Vaccination in the Punjab 1905-1918 - 1905-1918
Year: 1905
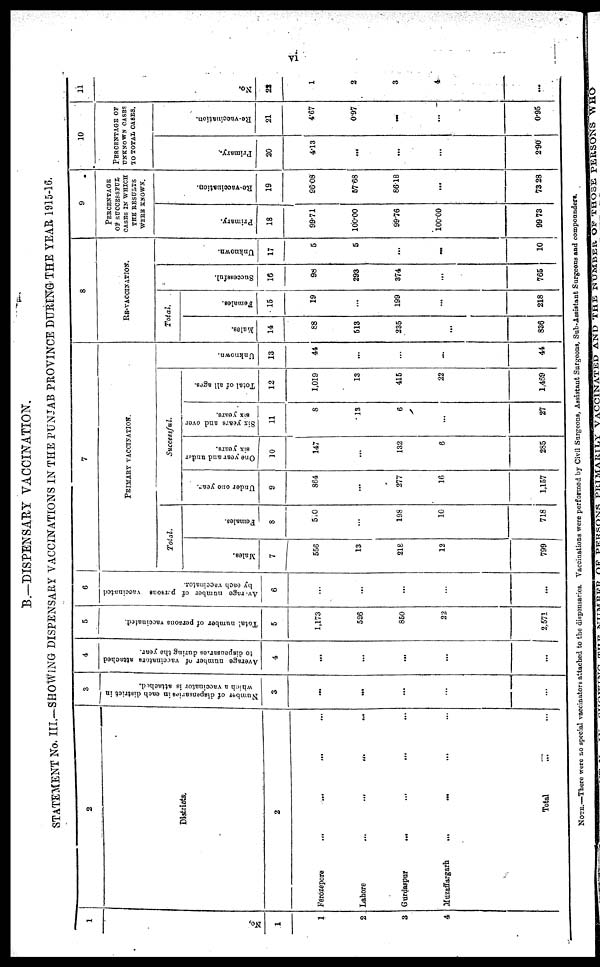
vi
B.—DISPENSARY VACCINATION.
STATEMENT No. III.—SHOWING DISPENSARY VACCINATIONS IN THE PUNJAB PROVINCE DURING THE YEAR 1915-16.
1
No,
1
1
2
3
4
2
Districts.
2
Ferozepore
...
...
...
...
Lahore
...
...
...
...
Gurdaspur
...
...
...
...
Muzaffargarh ... ... ... ...
Total ... ...
3
Number of dispensaries in each district in
which a vaccinator is attached.
3
...
...
...
...
4
Average number of vaccinators attached
to dispensaries during the year.
4
...
...
...
...
5
Total number of persons vaccinated.
5
1,173
526
850
22
2,571
6
Avarage number of persons vaccinated
by each vaccinator.
6
...
...
...
...
...
7
PRIMARY VACCINATION.
Total.
Males.
7
556
13
218
12
799
Females.
8
510
...
198
10
718
Successful.
Under one year.
9
864
...
277
16
1,157
One year and under
six years.
10
147
...
132
6
285
Six years and over
six years.
11
8
13
6
...
27
Total of all ages.
12
1,019
13
415
22
1,469
Unknown.
13
44
...
...
...
44
8
RE-VACCINATION.
Total.
Males.
14
88
513
235
...
836
Females.
15
19
...
199
...
218
Successful.
16
98
293
374
...
765
Unknown.
17
5
5
...
...
10
9
PERCENTAGE
OF SUCCESSFUL
CASES IN WHICH
THE RESULTS
WERE KNOWN.
Primary.
18
99.71
100.00
99.76
100.00
99.73
Re-vaccination.
19
96.08
57.68
86.18
...
73.28
10
PERCENTAGE OF
UNKNOWN CASES
TO TOTAL CASES.
Primary.
20
4.13
...
...
...
2.90
Re-vaccination.
21
4.67
0.97
...
...
0.95
11
No.
22
1
2
3
4
...
NOTE.—There were no special vaccinators attached to the dispensaries. Vaccinations were performed by Civil Surgeons, Assistant Surgeons, Sub-Assistant Surgeons and compounders.